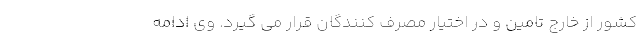
کشور از خارج تامین و در اختیار مصرف کنندگان قرار می گیرد. وی ادامه